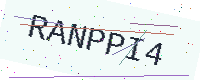
Text: RANPPI4